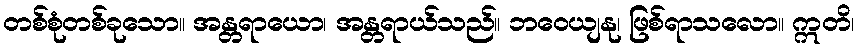
တစ်စုံတစ်ခုသော။ အန္တရာယော၊ အန္တရာယ်သည်။ ဘဝေယျနု၊ ဖြစ်ရာသလော။ ဣတိ၊